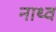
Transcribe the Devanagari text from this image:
नाथ्व